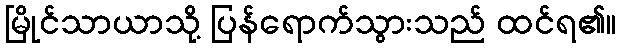
မြိုင်သာယာသို့ ပြန်ရောက်သွားသည် ထင်ရ၏။